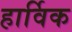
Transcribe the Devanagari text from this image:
हार्विक